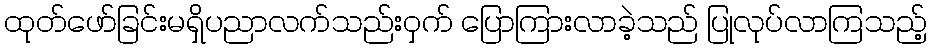
ထုတ်ဖော်ခြင်းမရှိပညာလက်သည်းဝှက် ပြောကြားလာခဲ့သည် ပြုလုပ်လာကြသည့်